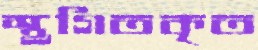
স্থগিতকৃত